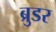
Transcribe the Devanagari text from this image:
ब्रुडर